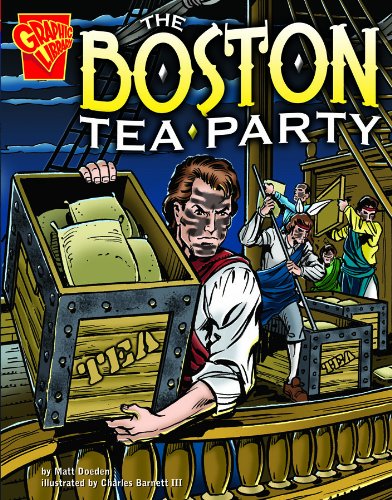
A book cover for The Boston Tea Party (Graphic History); Matt Doeden; Children's Books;